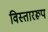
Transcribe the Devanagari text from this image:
विस्ताररूप